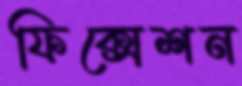
ফিক্সেশন